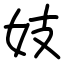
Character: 妓